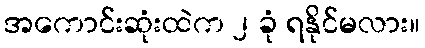
အကောင်းဆုံးထဲက ၂ ခုံ ရနိုင်မလား။